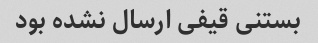
بستنی قیفی ارسال نشده بود